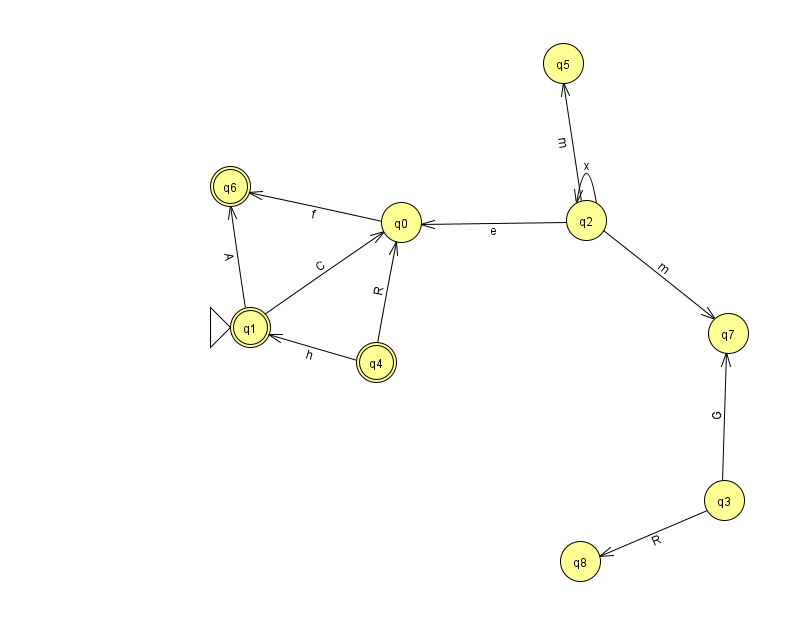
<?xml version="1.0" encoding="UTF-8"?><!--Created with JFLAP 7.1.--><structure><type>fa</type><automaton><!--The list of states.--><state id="0" name="q0"><x>401.0</x><y>209.0</y></state><state id="1" name="q1"><x>250.0</x><y>314.0</y><initial/><final/></state><state id="2" name="q2"><x>586.0</x><y>207.0</y></state><state id="3" name="q3"><x>724.0</x><y>487.0</y></state><state id="4" name="q4"><x>376.0</x><y>349.0</y><final/></state><state id="5" name="q5"><x>563.0</x><y>50.0</y></state><state id="6" name="q6"><x>230.0</x><y>173.0</y><final/></state><state id="7" name="q7"><x>728.0</x><y>320.0</y></state><state id="8" name="q8"><x>580.0</x><y>548.0</y></state><!--The list of transitions.--><transition><from>2</from><to>7</to><read>m</read></transition><transition><from>4</from><to>1</to><read>h</read></transition><transition><from>1</from><to>6</to><read>A</read></transition><transition><from>4</from><to>0</to><read>R</read></transition><transition><from>3</from><to>8</to><read>R</read></transition><transition><from>0</from><to>6</to><read>f</read></transition><transition><from>2</from><to>2</to><read>x</read></transition><transition><from>2</from><to>0</to><read>e</read></transition><transition><from>3</from><to>7</to><read>G</read></transition><transition><from>2</from><to>5</to><read>m</read></transition><transition><from>1</from><to>0</to><read>C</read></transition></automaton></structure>